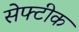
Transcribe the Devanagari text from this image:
सेफ्टीक